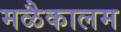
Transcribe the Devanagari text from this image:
मळैकालम